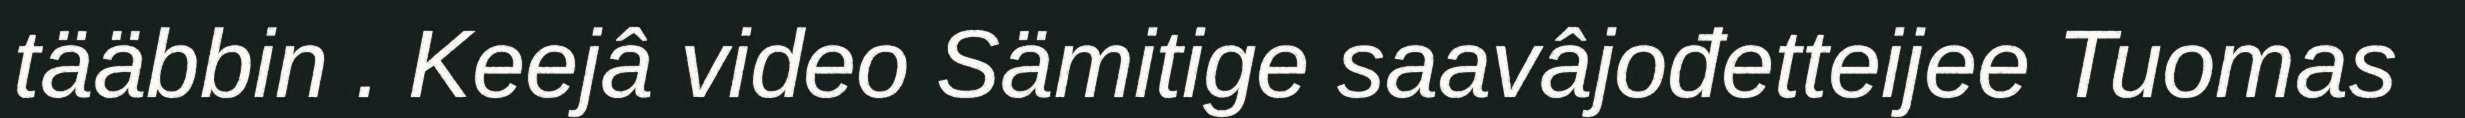
tääbbin . Keejâ video Sämitige saavâjođetteijee Tuomas